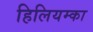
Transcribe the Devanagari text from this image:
हिलियम्का